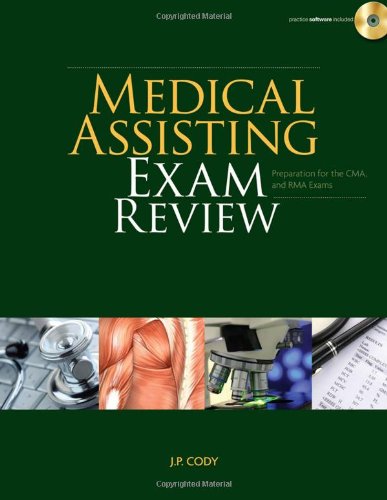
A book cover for Medical Assisting Exam Review: Preparation for the CMA and RMA Exams (Prepare Your Students For Certification Exams); J. P. Cody; Medical Books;